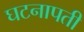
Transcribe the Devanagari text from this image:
घटनापती